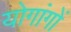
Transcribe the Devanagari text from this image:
योगांगों